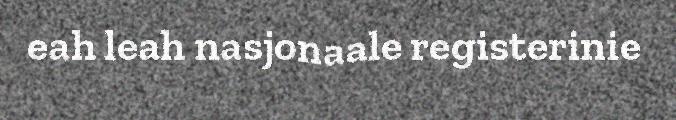
eah leah nasjonaale registerinie